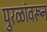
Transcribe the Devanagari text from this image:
पुरळांवरून